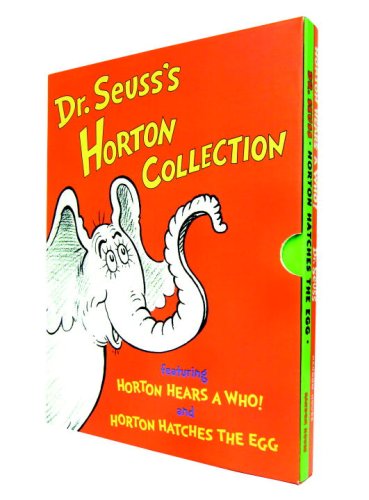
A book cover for Dr. Seuss's Horton Collection Boxed set (Horton Hears a Who and Horton Hatches the Egg); Dr. Seuss; Children's Books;